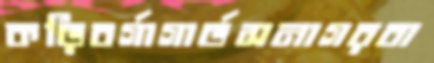
কড়িবর্গাগার্ডসনাগরবা